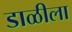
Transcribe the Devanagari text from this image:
डाळीला